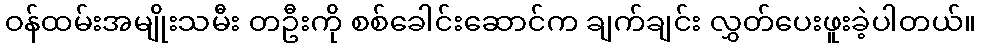
ဝန်ထမ်းအမျိုးသမီး တဦးကို စစ်ခေါင်းဆောင်က ချက်ချင်း လွှတ်ပေးဖူးခဲ့ပါတယ်။